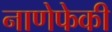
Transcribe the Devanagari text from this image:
नाणेफेकी